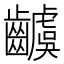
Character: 𮯗